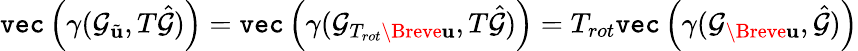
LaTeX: \texttt{vec}\left(\gamma(\mathcal{G}_{\tilde{\mathbf{u}}},T\hat{\mathcal{G}})\right)=\texttt{vec}\left(\gamma(\mathcal{G}_{T_{rot}\Breve{\mathbf{u}}},T\hat{\mathcal{G}})\right)=T_{rot}\texttt{vec}\left(\gamma(\mathcal{G}_{\Breve{\mathbf{u}}},\hat{\mathcal{G}})\right)